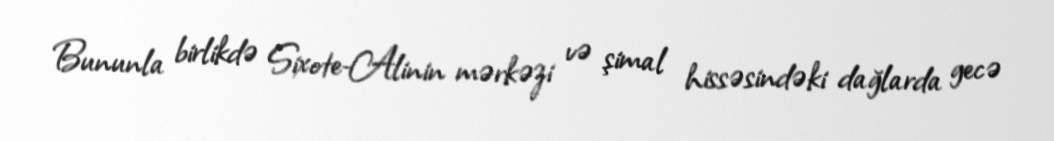
Bununla birlikdə Sixote-Alinin mərkəzi və şimal hissəsindəki dağlarda gecə